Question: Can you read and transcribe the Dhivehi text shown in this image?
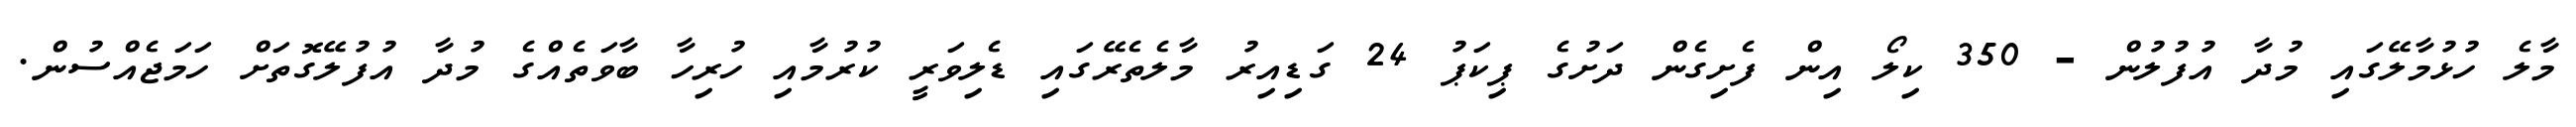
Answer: މާލެ ހުޅުމާލޭގައި މުދާ އުފުލުން - 350 ކިލޯ އިން ފެށިގެން ދަށުގެ ޕިކަޕު 24 ގަޑިއިރު މާލެތެރޭގައި ޑެލިވަރީ ކުރުމާއި ހުރިހާ ބާވަތެއްގެ މުދާ އުފުލޭގޮތަށް ހަމަޖެއްސުން.